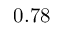
0 . 7 8